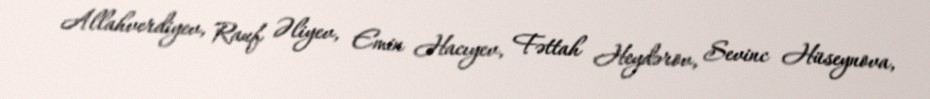
Allahverdiyev, Rauf Əliyev, Emin Hacıyev, Fəttah Heydərov, Sevinc Hüseynova,